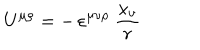
U ^ { \mu \rho } = - \, \varepsilon ^ { \mu \nu \rho } \ \frac { x _ { \nu } } { r }